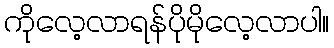
ကိုလေ့လာရန်ပိုမိုလေ့လာပါ။